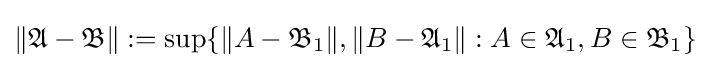
\|{\mathfrak {A}}-{\mathfrak {B}}\|:=\sup\{\|A-{\mathfrak {B}}_{1}\|,\|B-{\mathfrak {A}}_{1}\|:A\in {\mathfrak {A}}_{1},B\in {\mathfrak {B}}_{1}\}